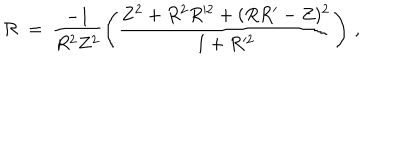
{ \cal { R } } \: = \: \frac { - 1 } { R ^ { 2 } Z ^ { 2 } } \left( \frac { Z ^ { 2 } + R ^ { 2 } R ^ { 2 } + ( R R ^ { \prime } - Z ) ^ { 2 } } { 1 + R ^ { 2 } } \right) \, ,